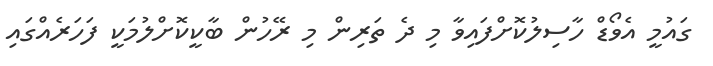
ގައުމީ އެވޯޑް ހާސިލުކޮށްފައިވާ މި ދެ ތަރިން މި ރޭހުން ބާކީކޮށްލުމަކީ ފަހަރެއްގައި